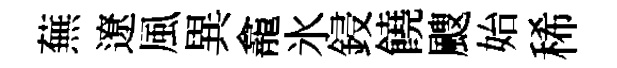
蕪遼風異龕氷鋟饒颼始稀